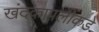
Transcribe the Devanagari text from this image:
खंदकापलीकडे